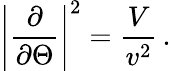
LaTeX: \left|\frac{\partial}{\partial\Theta}\right|^{2}=\frac{V}{v^{2}}\, .